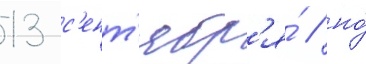
13 с'ент'ябр'я́ / но́